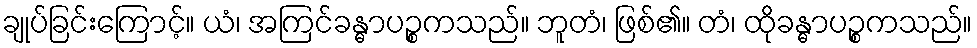
ချုပ်ခြင်းကြောင့်။ ယံ၊ အကြင်ခန္ဓာပဉ္စကသည်။ ဘူတံ၊ ဖြစ်၏။ တံ၊ ထိုခန္ဓာပဉ္စကသည်။